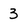
Character: 3